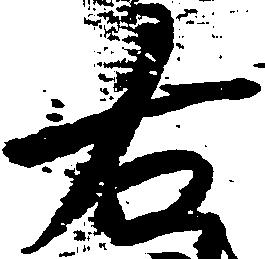
右